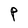
Character: P